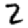
Digit: 2